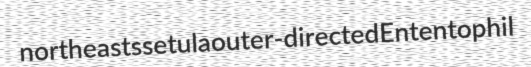
northeasts setula outer-directed Ententophil